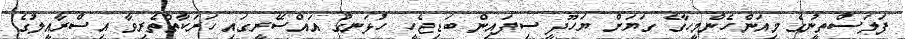
ފަލަސްތީނުގެ މިއަންހެންމީހާގެ ގަޔަށް ޔަހޫދީ ސިފައިން ބަޑިޖެހީ ހުޅަނގު އައްސޭރީގައި ހަރަކާތްތެރިވާ އިސްރާއީލުގެ